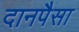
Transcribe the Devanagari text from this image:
दानपैसा